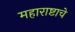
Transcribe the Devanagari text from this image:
महाराष्टाचे